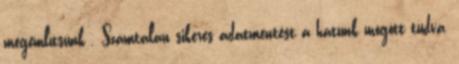
megemlítsünk . Számtalan sikeres adatmentést a hátunk mögött tudva,